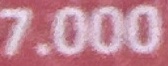
7.000